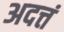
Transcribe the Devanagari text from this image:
अदत्तं